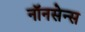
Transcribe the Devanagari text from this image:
नॉनसेन्स